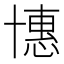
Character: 𠦽